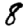
Digit: 8